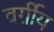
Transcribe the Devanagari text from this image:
वर्ग़ीय